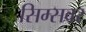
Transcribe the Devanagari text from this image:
सिम्सवर